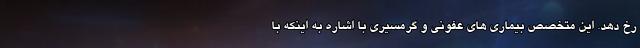
رخ دهد. این متخصص بیماری های عفونی و گرمسیری با اشاره به اینکه با